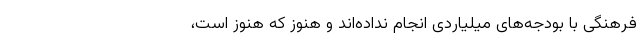
فرهنگی با بودجه‌های میلیاردی انجام نداده‌اند و هنوز که هنوز است،